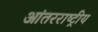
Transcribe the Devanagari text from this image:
आंतरराष्‍ट्रीय